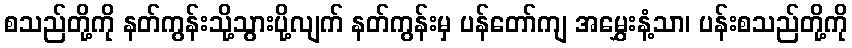
စသည်တို့ကို နတ်ကွန်းသို့သွားပို့လျက် နတ်ကွန်းမှ ပန်တော်ကျ အမွှေးနံ့သာ၊ ပန်းစသည်တို့ကို